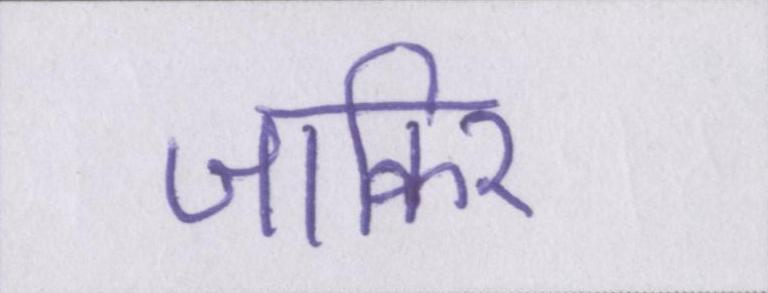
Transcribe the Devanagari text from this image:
जाकिर